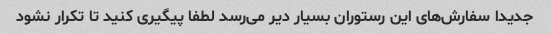
جدیدا سفارش‌های این رستوران بسیار دیر می‌رسد لطفا پیگیری کنید تا تکرار نشود